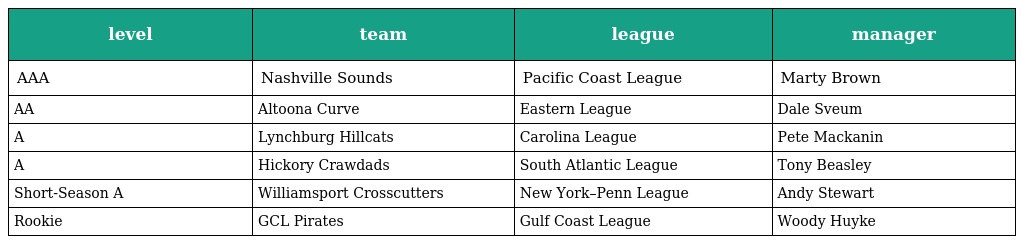
| level | team | league | manager |
 | --- | --- | --- | --- |
 | AAA | Nashville Sounds | Pacific Coast League | Marty Brown |
 | AA | Altoona Curve | Eastern League | Dale Sveum |
 | A | Lynchburg Hillcats | Carolina League | Pete Mackanin |
 | A | Hickory Crawdads | South Atlantic League | Tony Beasley |
 | Short-Season A | Williamsport Crosscutters | New York–Penn League | Andy Stewart |
 | Rookie | GCL Pirates | Gulf Coast League | Woody Huyke |